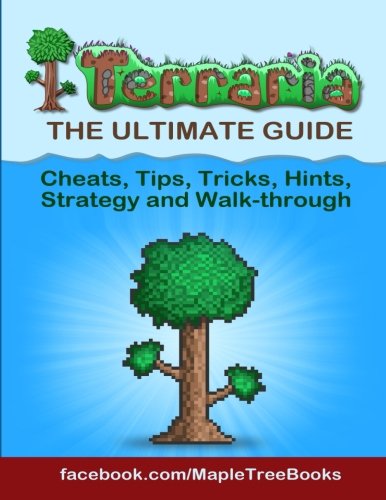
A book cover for Terraria Tips, Hints, Cheats, Strategy And Walk-through; Maple Tree Books; Science Fiction & Fantasy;